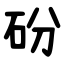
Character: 砏